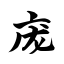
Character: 庞